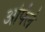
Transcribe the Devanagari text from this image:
अर्पिले